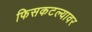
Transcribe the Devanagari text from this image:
फिसकटल्यावर